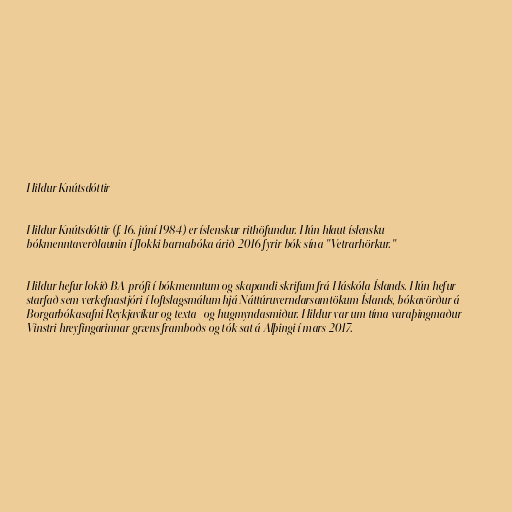
Hildur Knútsdóttir

Hildur Knútsdóttir (f. 16. júní 1984) er íslenskur rithöfundur. Hún hlaut íslensku
bókmenntaverðlaunin í flokki barnabóka árið 2016 fyrir bók sína "Vetrarhörkur."

Hildur hefur lokið BA-prófi í bókmenntum og skapandi skrifum frá Háskóla Íslands. Hún hefur
starfað sem verkefnastjóri í loftslagsmálum hjá Náttúruverndarsamtökum Íslands, bókavörður á
Borgarbókasafni Reykjavíkur og texta- og hugmyndasmiður. Hildur var um tíma varaþingmaður
Vinstri hreyfingarinnar græns framboðs og tók sat á Alþingi í mars 2017.